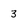
Character: 3